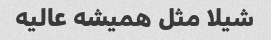
شیلا مثل همیشه عالیه